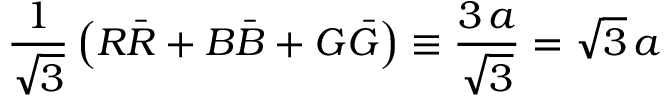
{ \frac { 1 } { \sqrt { 3 } } } \left( R \bar { R } + B \bar { B } + G \bar { G } \right) \equiv { \frac { 3 \, a } { \sqrt { 3 } } } = \sqrt { 3 } \, a